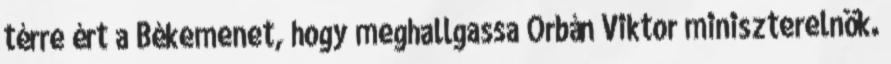
térre ért a Békemenet, hogy meghallgassa Orbán Viktor miniszterelnök.